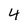
Character: 4